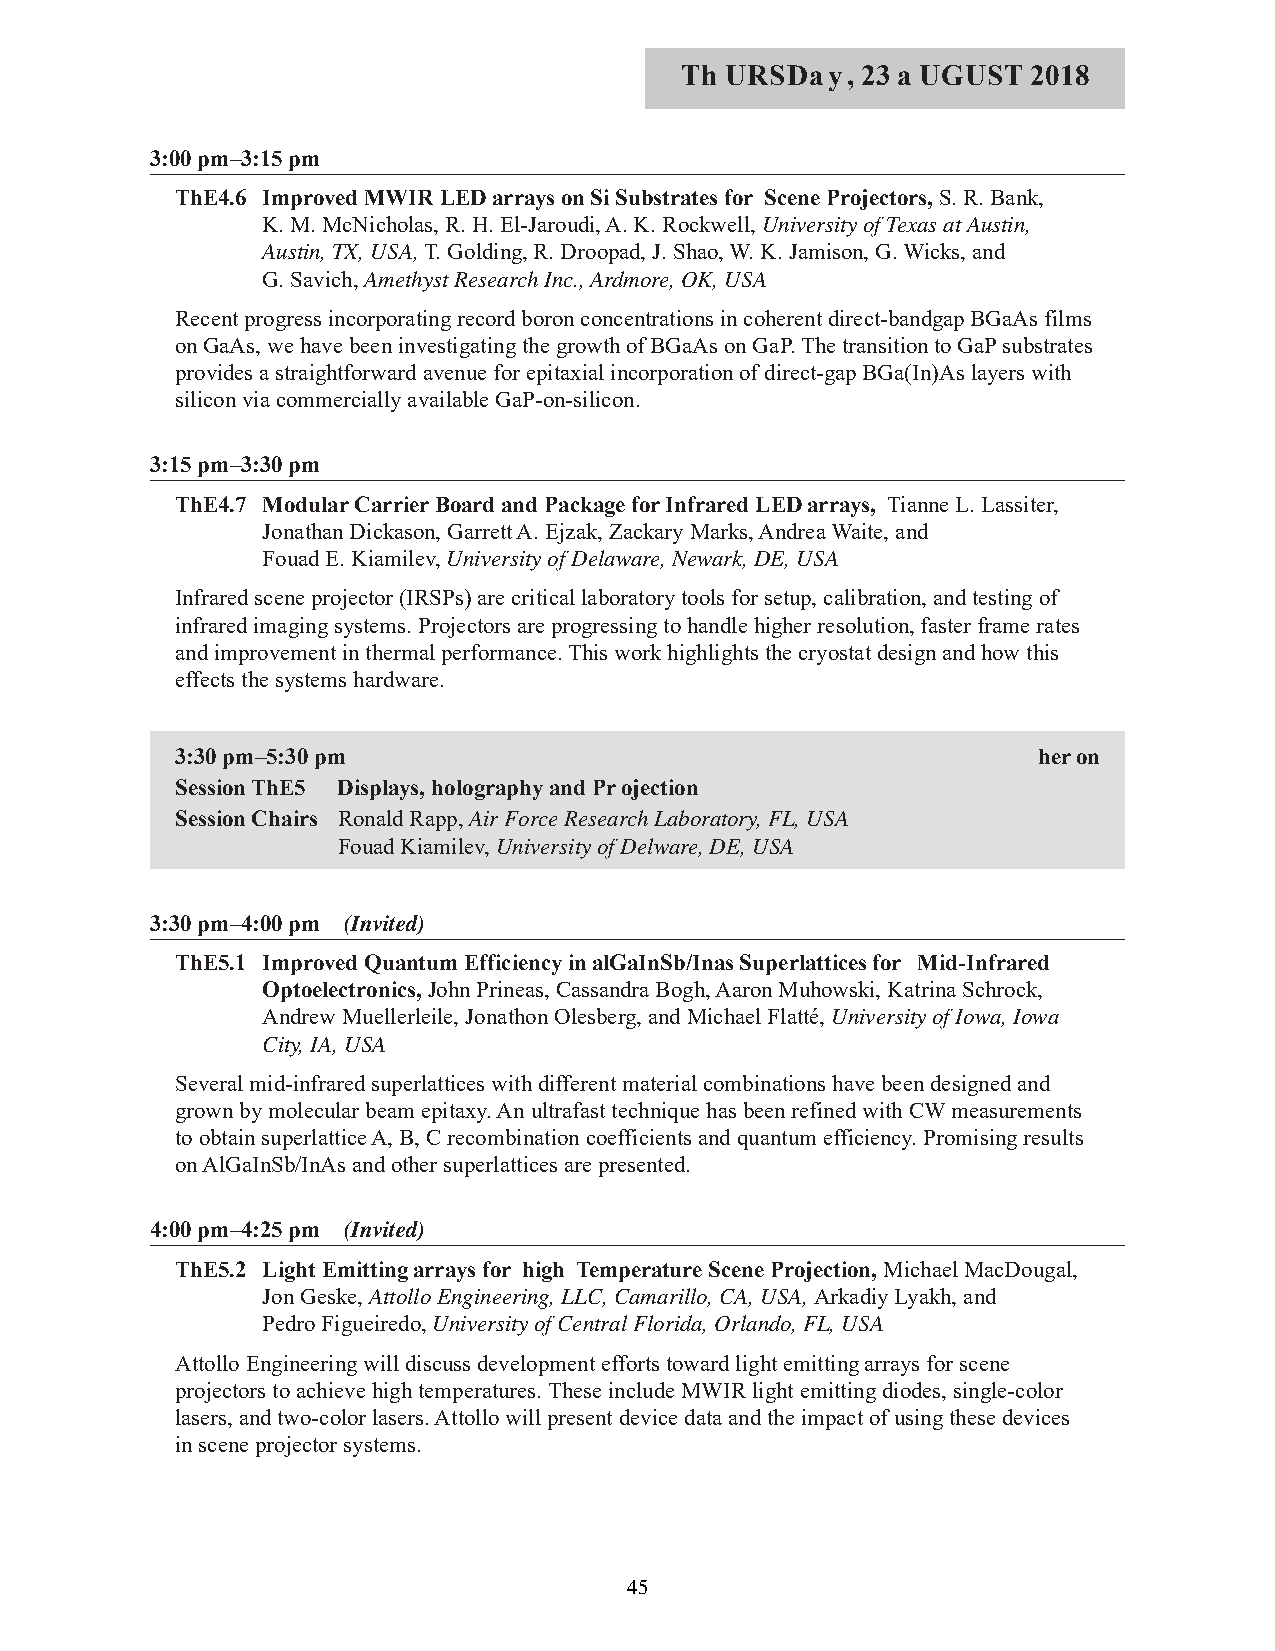
Th URSDay,  23 a UGUST 2018
 3:00 pm–3:15 pm
 ThE4.6 Improved MWIR LED arrays on Si Substrates for Scene Projectors, S. R. Bank,
 K. M. McNicholas, R. H. El-Jaroudi, A. K. Rockwell, University of Texas at Austin,
 Austin, TX, USA,T. Golding, R. Droopad, J. Shao, W. K. Jamison, G. Wicks, and
 G. Savich, Amethyst Research Inc., Ardmore, OK, USA
 Recent progress incorporating record boron concentrations in coherent direct-bandgap BGaAs films
 on GaAs, we have been investigating the growth of BGaAs on GaP. The transition to GaP substrates
 provides a straightforward avenue for epitaxial incorporation of direct-gap BGa(In)As layers with
 silicon via commercially available GaP-on-silicon.
 3:15 pm–3:30 pm
 ThE4.7 Modular Carrier Board and Package for Infrared LED arrays, Tianne L. Lassiter,
 Jonathan Dickason, Garrett A. Ejzak, Zackary Marks, Andrea Waite, and
 Fouad E. Kiamilev, University of Delaware, Newark, DE, USA
 Infrared scene projector (IRSPs) are critical laboratory tools for setup, calibration, and testing of
 infrared imaging systems. Projectors are progressing to handle higher resolution, faster frame rates
 and improvement in thermal performance. This work highlights the cryostat design and how this
 effects the systems hardware.
 3:30 pm–5:30 pm                                          heron
 Session ThE5 Displays, holography and Projection
 Session Chairs Ronald Rapp, Air Force Research Laboratory, FL, USA
 Fouad Kiamilev, University of Delware, DE, USA
 3:30 pm–4:00 pm (Invited)
 ThE5.1 Improved Quantum Efficiency in alGaInSb/Inas Superlattices for Mid-Infrared
 Optoelectronics, John Prineas, Cassandra Bogh, Aaron Muhowski, Katrina Schrock,
 Andrew Muellerleile, Jonathon Olesberg, and Michael Flatté, University of Iowa, Iowa
 City, IA, USA
 Several mid-infrared superlattices with different material combinations have been designed and
 grown by molecular beam epitaxy. An ultrafast technique has been refined with CW measurements
 to obtain superlattice A, B, C recombination coefficients and quantum efficiency. Promising results
 on AlGaInSb/InAs and other superlattices are presented.
 4:00 pm–4:25 pm (Invited)
 ThE5.2 Light Emitting arrays for high Temperature Scene Projection, Michael MacDougal,
 Jon Geske, Attollo Engineering, LLC, Camarillo, CA, USA, Arkadiy Lyakh, and
 Pedro Figueiredo, University of Central Florida, Orlando, FL, USA
 Attollo Engineering will discuss development efforts toward light emitting arrays for scene
 projectors to achieve high temperatures. These include MWIR light emitting diodes, single-color
 lasers, and two-color lasers. Attollo will present device data and the impact of using these devices
 in scene projector systems.
 45